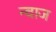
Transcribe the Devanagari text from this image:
न्वाज